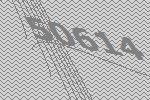
50614